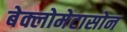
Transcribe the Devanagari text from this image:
बेक्लोमेटासोन